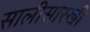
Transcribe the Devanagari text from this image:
सालीसारखी